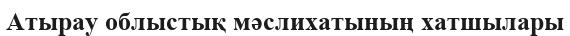
Атырау облыстық мәслихатының хатшылары